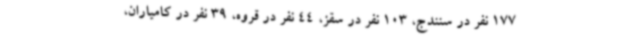
177 نفر در سنندج، 103 نفر در سقز، 44 نفر در قروه، 39 نفر در کامیاران،